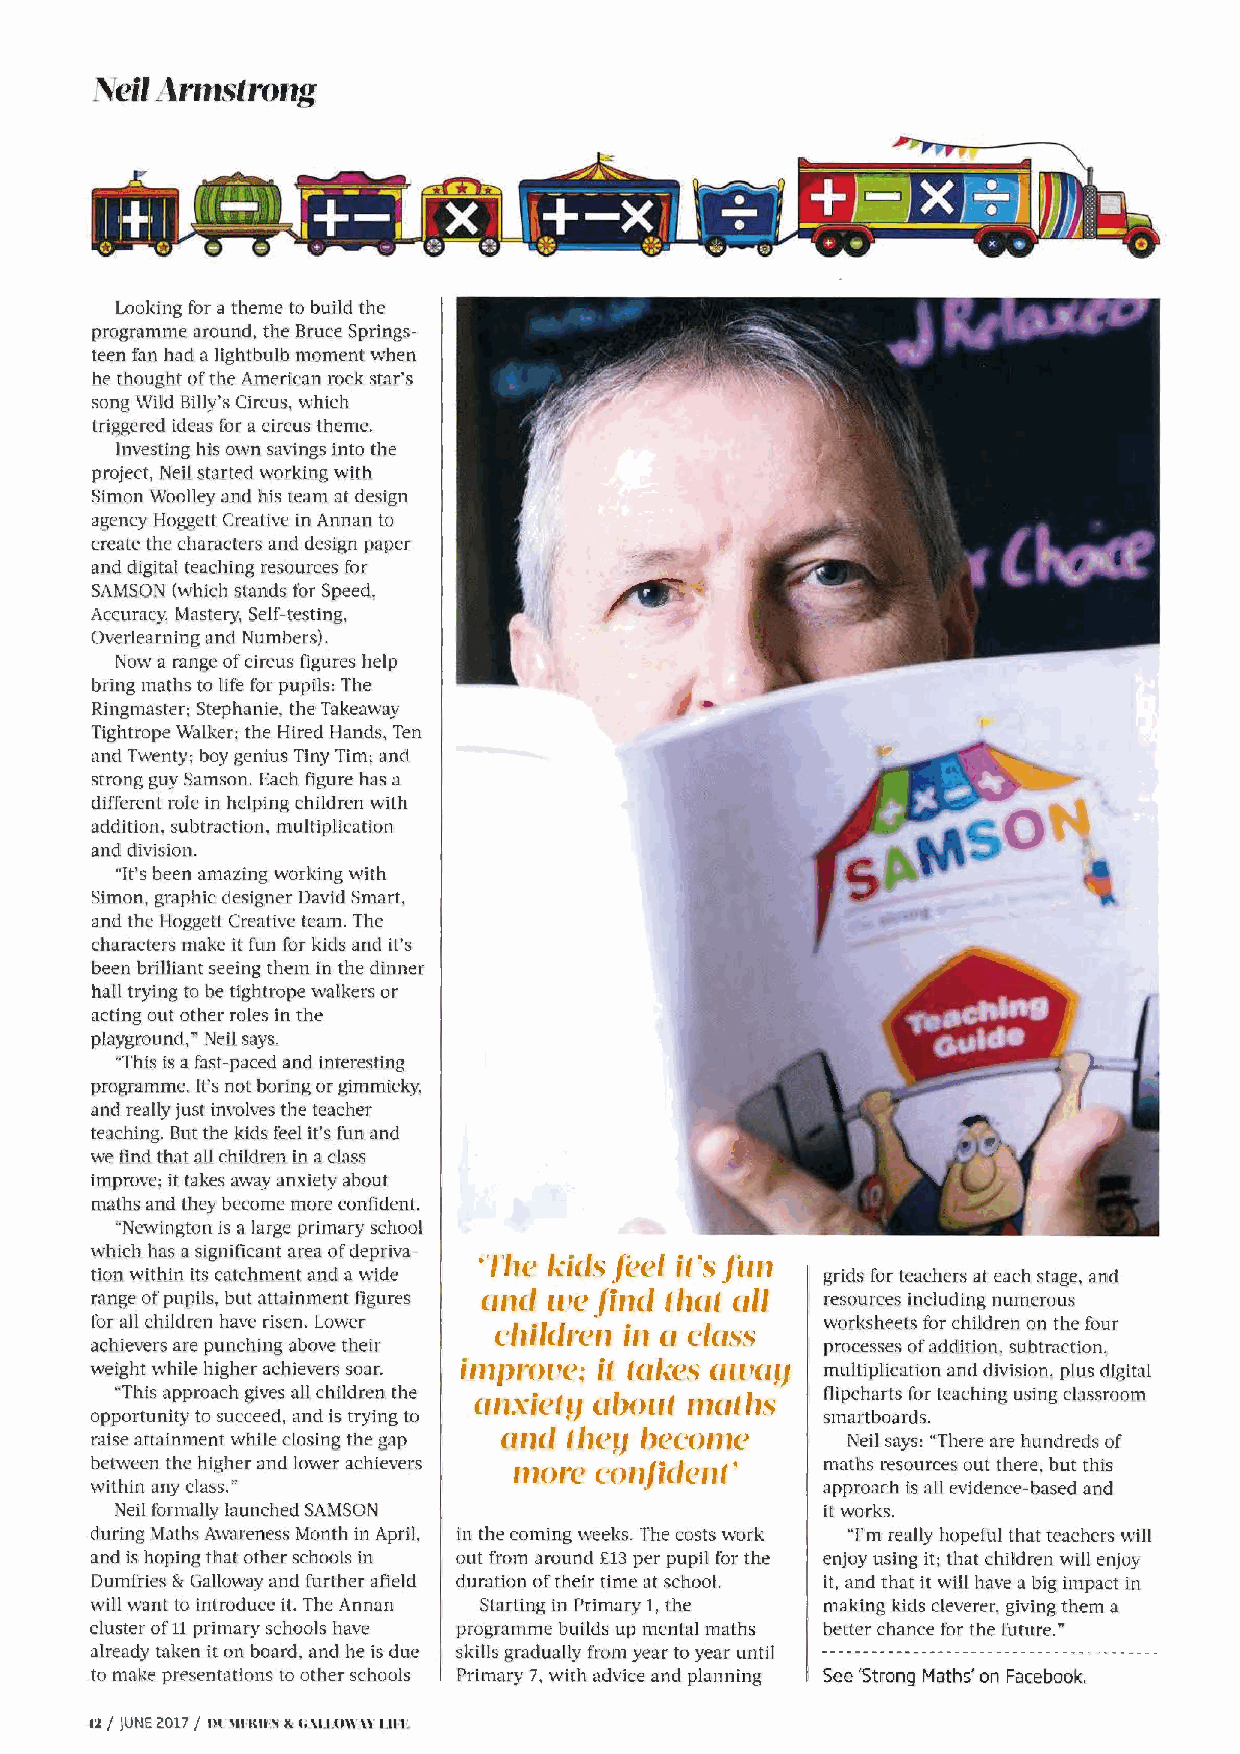
J\Teil Armstrong
 Looking for a theme to build the
 programme around, the Bruce Springs
 teen fan had a lightbulb moment when
 he thought of the American rock star's
 song Wild Billy's Circus, which
 triggered ideas for a circus theme.
 Investing his own savings into the
 project, Neil started working with
 Simon Woolley and his team at design
 agency Hoggett Creative in Annan to
 create the characters and design paper
 and digital teaching resources for
 SAMSON (which stands for Speed,
 Accuracy, Mastery, Self-testing,
 Overlearning and Numbers) .
 Now a range of circus figures help
 bring maths to life for pupils: The
 Ringmaster; Stephanie, the Takeaway
 Tightrope Walker; the Hired Hands, Ten
 and Twenty; boy genius Tiny Tim; and
 strong guy Samson. Each figure has a
 different role in helping children with
 addition, subtraction, multiplication
 and division .
 "It's been amazing working with
 Simon, graphic designer David Smart,
 and the Haggett Creative team. The
 characters make it fun for kids and it's
 been brilliant seeing them in the dinne r
 hall trying to be tightrope walkers or
 acting out other roles in the
 playground," Neil says.
 "This is a fast-paced and interesting
 programme . It's not boring or gimmicky,
 and really just involves the teacher
 teaching. But the kids feel it's fun and
 we find that all children in a class
 improve; it takes away anxiety about
 maths and they become more confident.
 "Newington is a large primary school
 which has a significant area of depriva ·rhe kids feeli t ·s Ji111
 tion within its catchment and a wide            grids for teachers at each stage, and
 range of pupils, but attainment figures ond ive }ind thlll oil resources including numerous
 for all children have risen. Lower children in o closs worksheets for children on the four
 achievers are punching above their              processes of addition, subtract ion,
 weight while higher achievers soar. in1prot•e:i t tokes OU'OJJ multipli cation and division, plus digital
 "This approach gives all children the a11xietJJll h<>t11t 11l1tl1s tlipcharts for teaching using classroom
 opportunity to succeed, and is trying to        smartboards .
 raise attainmen t while closing the gap and theJJ becon1e Neil says: "There are hundreds of
 between the higher and lower achievers ,nore conjident · maths resources out there, but this
 within any class."                              approach is all evidence-based and
 Neil formally launched SAMSON                 it works.
 during Maths Awareness Month in April, in the coming weeks. The costs work "I'm really hopeful that teachers will
 and is hoping that other schools in out from around £13 per pupil for the enjoy using it; that children will enjoy
 Dumfries & Galloway and furthe r afield duratio n of their time at school. it, and that it will have a big impact in
 will want to introduce it. The Annan Starting in Primary 1, the making kids cleverer, giving them a
 cluster of 11 primary schools have programme builds up mental maths better chance for the future."
 already taken it on board, and he is due skills gradua lly from year to year until
 to make presentations to other schools Primary 7, with advice and plann ing See 'Strong Maths' on Facebook.
 12 / JUNE2 017 / UL \ll'llll'S & (; \I.I.OW\\' l.ll'E